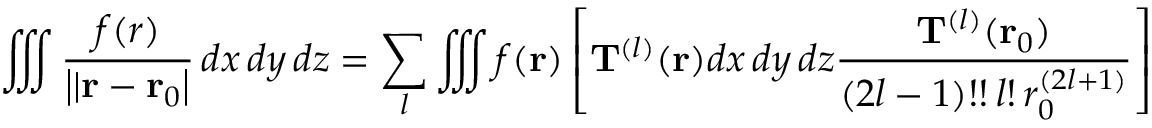
\iiint { \frac { f ( { \boldsymbol { r } } ) } { \left| | \mathbf { r - r } { _ { 0 } } \right| } } \, d x \, d y \, d z = \sum _ { l } \iiint f ( \mathbf { r } ) \left[ \mathbf { T } ^ { ( l ) } ( \mathbf { r } ) d x \, d y \, d z { \frac { \mathbf { T } ^ { ( l ) } ( \mathbf { r } _ { 0 } ) } { ( 2 l - 1 ) ! ! \, l ! \, r _ { 0 } ^ { ( 2 l + 1 ) } } } \right]